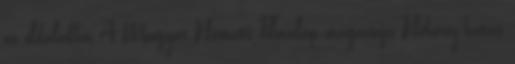
az oldalakhoz A Magyar Nemzeti Filmalap magazinja Néhány hatás